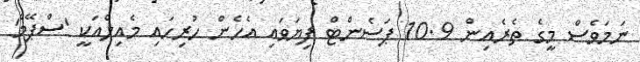
ނަމަވެސް މީގެ ތެރެއިން 10.9 ޕަސެންޓް ފިޔަވައި އެހެން ހުރިހައި މެއިލްއަކީ 'ސްޕޭމް'